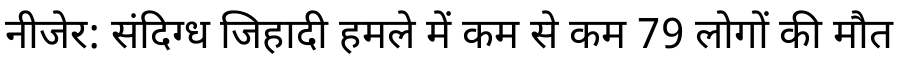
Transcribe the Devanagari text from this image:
नीजेर: संदिग्ध जिहादी हमले में कम से कम 79 लोगों की मौत